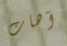
آهات